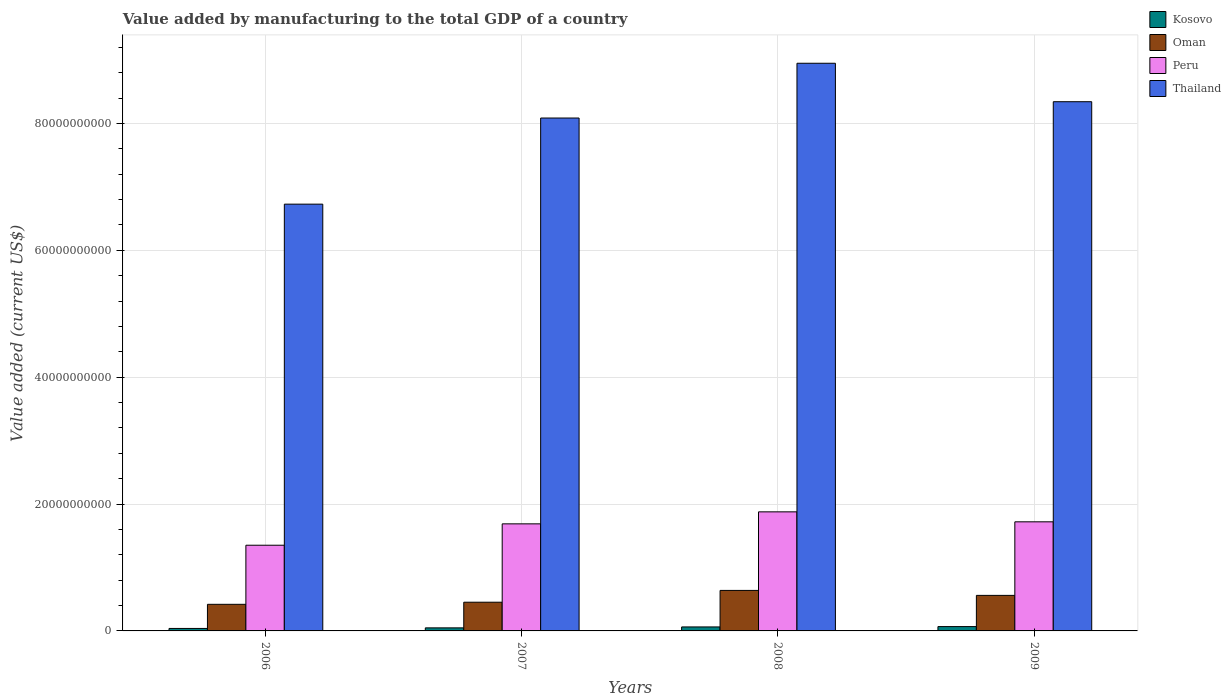
| Years | Kosovo | Oman | Peru | Thailand |
 | --- | --- | --- | --- | --- |
 | 2006 | 3.9e+08 | 4.19e+09 | 1.35e+10 | 6.73e+10 |
 | 2007 | 4.82e+08 | 4.53e+09 | 1.69e+10 | 8.08e+10 |
 | 2008 | 6.29e+08 | 6.39e+09 | 1.88e+10 | 8.95e+10 |
 | 2009 | 6.82e+08 | 5.6e+09 | 1.72e+10 | 8.34e+10 |